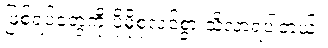
ဖြစ်ရပ်တွေကို ပိုမိုစုံလင်စွာ သိလာရပါတယ်။